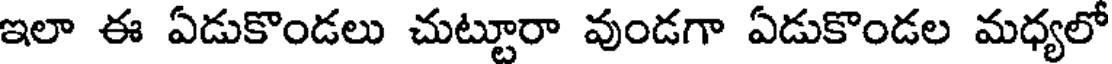
ఇలా ఈ ఏడుకొండలు చుట్టూరా వుండగా ఏడుకొండల మధ్యలో